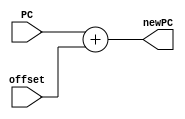
`timescale 1ns / 1ps

module branch_adder (
			input [31:0] PC,
			input [31:0] offset,
			output [31:0] newPC
					);
					
	assign newPC = PC + offset;
endmodule